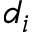
d _ { i }